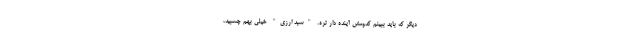
دیگر که باید ببینم کدومش آینده دار تره. "سبد ارزی" خیلی بهم چسبید،